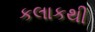
કલાકથી